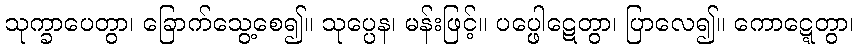
သုက္ခာပေတွာ၊ ခြောက်သွေ့စေ၍။ သုပ္ပေန၊ မန်းဖြင့်။ ပပ္ဖေါဋေတွာ၊ ပြာလေ၍။ ကောဋ္ဋေတွာ၊